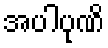
အပါပုဏိ